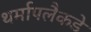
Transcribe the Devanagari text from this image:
थर्मापलैकडे